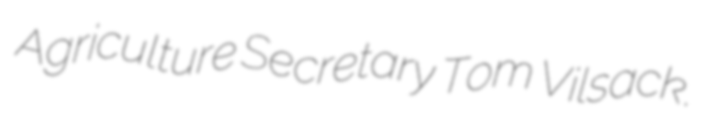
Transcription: Agriculture Secretary Tom Vilsack.